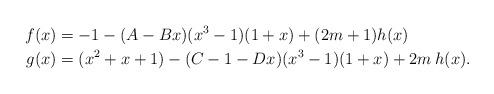
LaTeX: \begin{align*} f(x)&= -1 -(A-Bx)(x^3-1)(1+x)+ (2m+1)h(x) \\g(x) & = (x^2+x+1)- (C-1-Dx)(x^3-1)(1+x)+ 2m\: h(x). \end{align*}